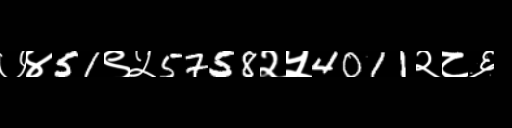
Text: ७४51९५5758२५4011२८६